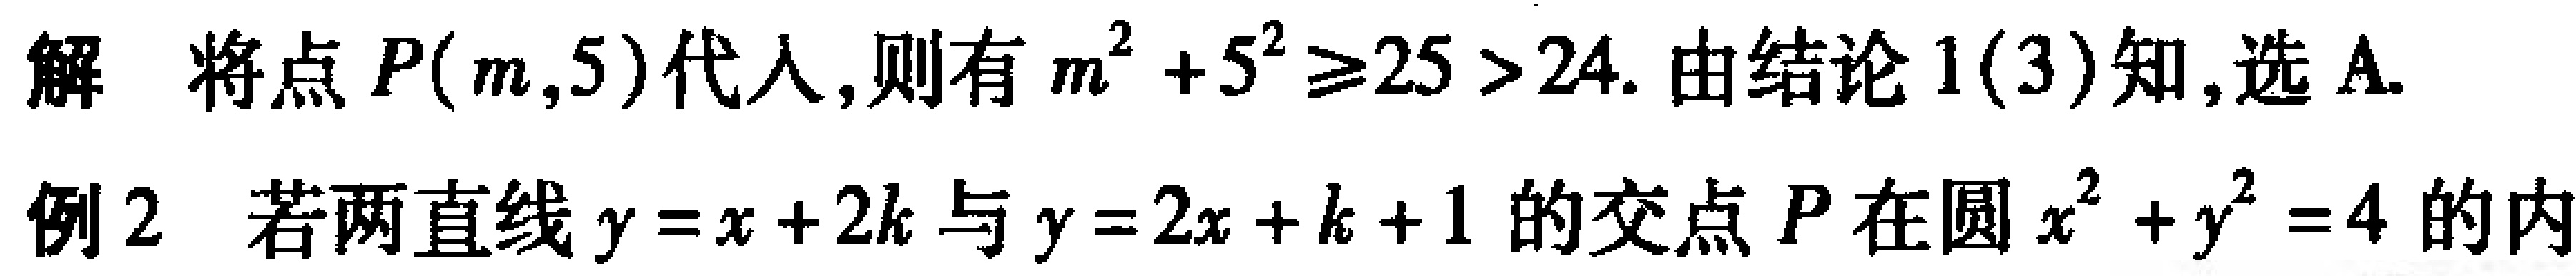
解 将点\(P(m,5)\)代入，则有\(m^{2}+5^{2}\geq25 > 24\). 由结论1(3)知,选A.
例2 若两直线\(y = x + 2k\)与\(y = 2x + k + 1\)的交点\(P\)在圆\(x^{2}+y^{2}=4\)的内